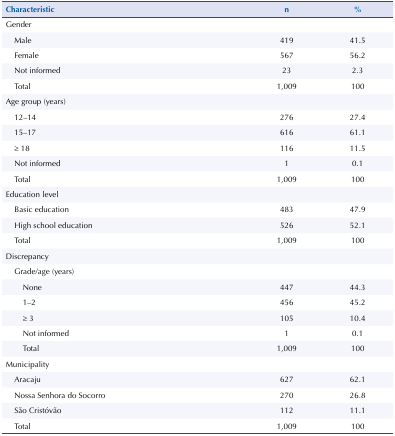
<table><thead><tr><td><b>Characteristic</b></td><td><b>n</b></td><td><b>%</b></td></tr></thead><tbody><tr><td>Gender</td><td> </td><td> </td></tr><tr><td>Male</td><td>419</td><td>41.5</td></tr><tr><td>Female</td><td>567</td><td>56.2</td></tr><tr><td>Not informed</td><td>23</td><td>2.3</td></tr><tr><td>Total</td><td>1,009</td><td>100</td></tr><tr><td>Age group (years)</td><td> </td><td> </td></tr><tr><td>12–14</td><td>276</td><td>27.4</td></tr><tr><td>15–17</td><td>616</td><td>61.1</td></tr><tr><td>≥ 18</td><td>116</td><td>11.5</td></tr><tr><td>Not informed</td><td>1</td><td>0.1</td></tr><tr><td>Total</td><td>1,009</td><td>100</td></tr><tr><td>Education level</td><td> </td><td> </td></tr><tr><td>Basic education</td><td>483</td><td>47.9</td></tr><tr><td>High school education</td><td>526</td><td>52.1</td></tr><tr><td>Total</td><td>1,009</td><td>100</td></tr><tr><td>Discrepancy</td><td> </td><td> </td></tr><tr><td>Grade/age (years)</td><td> </td><td> </td></tr><tr><td>None</td><td>447</td><td>44.3</td></tr><tr><td>1–2</td><td>456</td><td>45.2</td></tr><tr><td>≥ 3</td><td>105</td><td>10.4</td></tr><tr><td>Not informed</td><td>1</td><td>0.1</td></tr><tr><td>Total</td><td>1,009</td><td>100</td></tr><tr><td>Municipality</td><td> </td><td> </td></tr><tr><td>Aracaju</td><td>627</td><td>62.1</td></tr><tr><td>Nossa Senhora do Socorro</td><td>270</td><td>26.8</td></tr><tr><td>São Cristóvão</td><td>112</td><td>11.1</td></tr><tr><td>Total</td><td>1,009</td><td>100</td></tr></tbody></table>